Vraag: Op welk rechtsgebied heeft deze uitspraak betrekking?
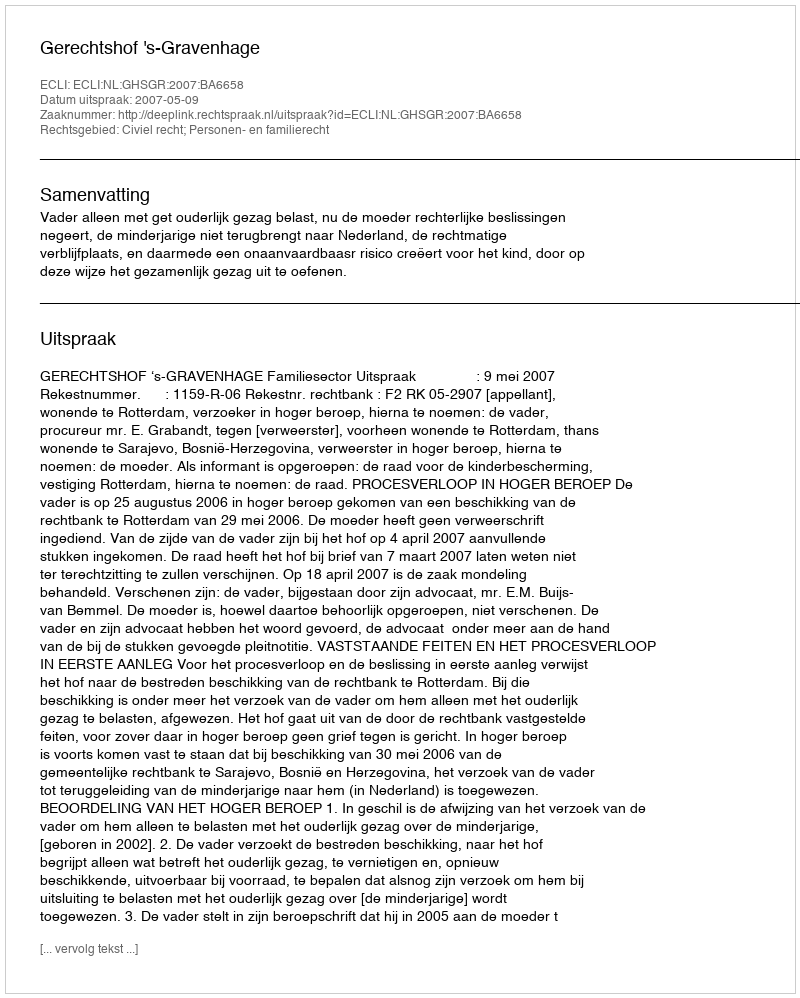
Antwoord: Civiel recht; Personen- en familierecht